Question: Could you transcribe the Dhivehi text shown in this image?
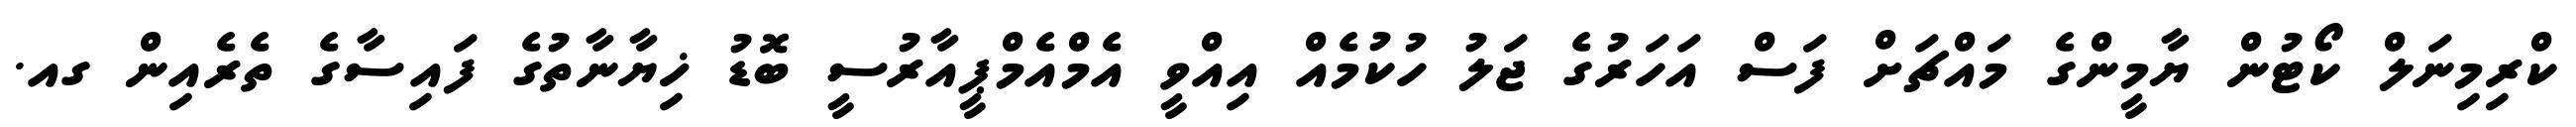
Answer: ކްރިމިނަލް ކޯޓުން ޔާމީންގެ މައްޗަށް ފަސް އަހަރުގެ ޖަލު ހުކުމެއް އިއްވީ އެމްއެމްޕީއާރުސީ ބޮޑު ޚިޔާނާތުގެ ފައިސާގެ ތެރެއިން ގއ.